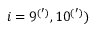
i = 9 ^ { ( ^ { \prime } ) } , 1 0 ^ { ( ^ { \prime } ) } )